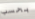
بحسب